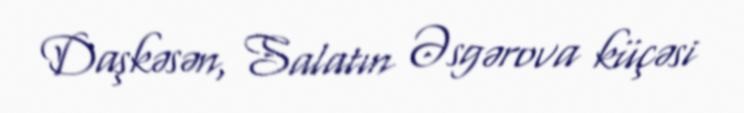
Daşkəsən, Salatın Əsgərova küçəsi